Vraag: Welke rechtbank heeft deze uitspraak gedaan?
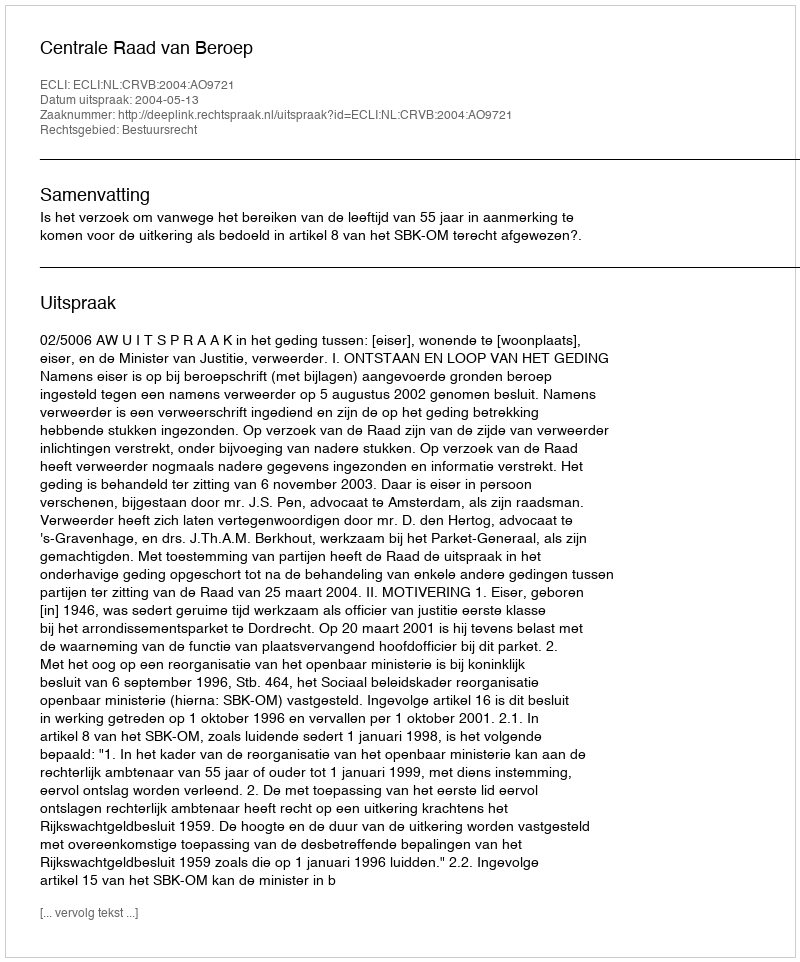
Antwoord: Centrale Raad van Beroep